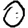
Digit: 0